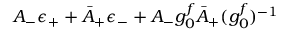
A _ { - } \epsilon _ { + } + \bar { A } _ { + } \epsilon _ { - } + A _ { - } g _ { 0 } ^ { f } \bar { A } _ { + } ( { g _ { 0 } ^ { f } } ) ^ { - 1 }